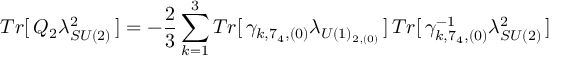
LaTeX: T r [ \, Q _ { 2 } \lambda _ { S U ( 2 ) } ^ { 2 } \, ] = - \frac { 2 } { 3 } \sum _ { k = 1 } ^ { 3 } T r [ \, \gamma _ { k , 7 _ { 4 } , ( 0 ) } \lambda _ { U ( 1 ) _ { 2 , ( 0 ) } } \, ] \, T r [ \, \gamma _ { k , 7 _ { 4 } , ( 0 ) } ^ { - 1 } \lambda _ { S U ( 2 ) } ^ { 2 } \, ]